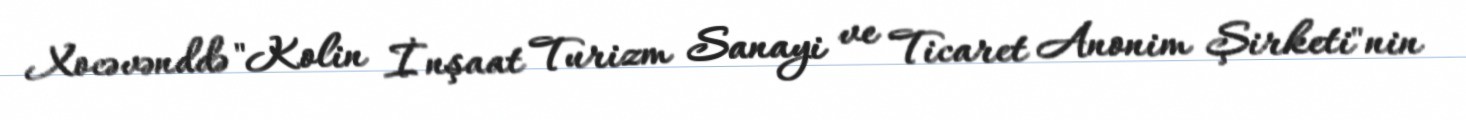
Xocəvənddə "Kolin İnşaat Turizm Sanayi ve Ticaret Anonim Şirketi"nin